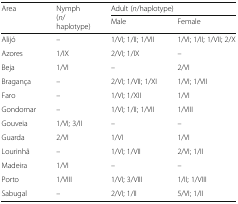
| <ROWSPAN=2> Area | <ROWSPAN=2> Nymph(n/haplotype) | <COLSPAN=2> Adult (n/haplotype) |
 | Male | Female |
 | --- | --- | --- | --- |
 | Alijó | – | 1/VI; 1/II; 1/VII | 1/VI; 1/II; 1/VII; 2/X |
 | Azores | 1/IX | 2/VI; 1/IX | – |
 | Beja | 1/VI | – | 2/VI |
 | Bragança | – | 2/VI; 1/VII; 1/XI | 1/VI; 1/VII |
 | Faro | – | 1/VI; 1/XII | 1/VI |
 | Gondomar | – | 1/VI; 1/II; 1/VII | 1/VIII |
 | Gouveia | 1/VI; 3/II | – | – |
 | Guarda | 2/VI | 1/VI | 1/VI |
 | Lourinhã | – | 1/VI; 1/VII | 2/VI; 1/II |
 | Madeira | 1/VI | – | – |
 | Porto | 1/VIII | 1/VI; 3/VIII | 1/II; 1/VIII |
 | Sabugal | – | 2/VI; 1/II | 5/VI; 1/II |